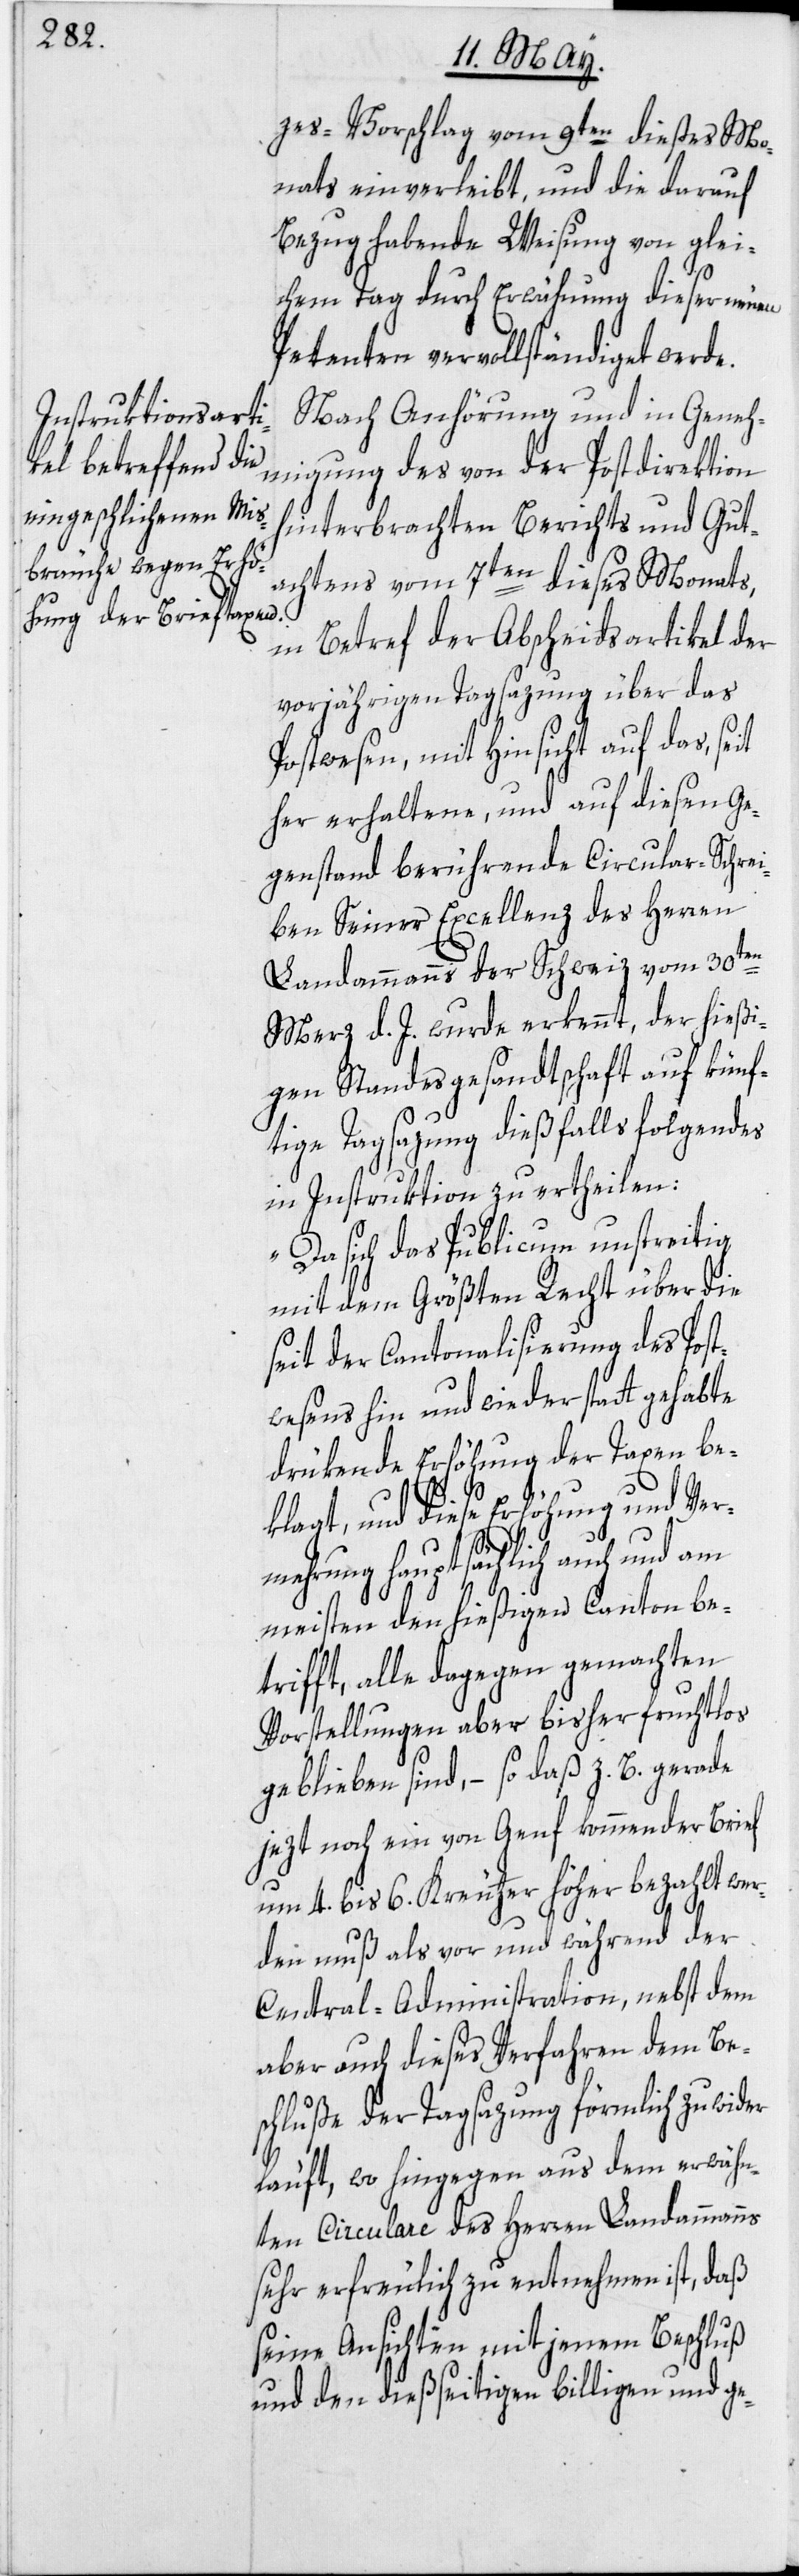
zes-Vorschlag vom 9ten dießes Mo¬
nats einverleibt, und die darauf
Bezug habende Weisung von glei¬
chem Tag durch Erwähnung dieser neuen
Petenten vervollständiget werde.
Nach Anhörung und in Geneh¬
migung des von der Postdirektion
hinterbrachten Berichts und Gut¬
achtens vom 7ten dieses Monats,
in Betref der Abscheidsartikel der
vorjährigen Tagsazung über das
Postwesen, mit Hinsicht auf das, se¬
her erhaltene, und auf diesen Ge¬
genstand berührende Circular-Schrei¬
ben Seiner Excellenz des Herren
Landammanns der Schweiz vom 30ten
Merz d. J. wurde erkennt, der hießi¬
gen Standesgesandtschaft auf künf¬
tige Tagsazung dießfalls folgendes
in Instruktion zu ertheilen:
„Da sich das Publicum unstreitig
mit dem Größten Recht über die
seit der Cantonalisierung des Post¬
wesens hin und wieder statt gehabte
drükende Erhöhung der Taxen be¬
klagt, und diese Erhöhung und Ver¬
it¬
mehrung hauptsächlich auch und am
meisten den hießigen Canton bet¬
rifft, alle dagegen gemachten
Vorstellungen aber bisher fruchtlos
geblieben sind, – so daß z. B. gerade
jezt noch ein von Genf kommender Brief
um 4. bis 6. Kreutzer höher bezahlt wer¬
den muß als vor und während der
Central-Administration, nebst dem
aber auch dieses Verfahren dem Be¬
schluße der Tagsazung förmlich zuwider
läuft, wo hingegen aus dem erwähn¬
ten Circulare des Herren Landammanns
sehr erfreulich zu entnehmen ist, daß
seine Ansichten mit jenem Beschluß
und den dießseitigen billigen und ge-